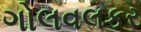
ગોલવલકર